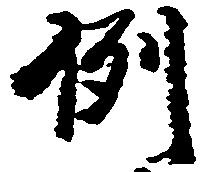
例